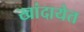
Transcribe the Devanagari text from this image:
खांदायेत